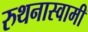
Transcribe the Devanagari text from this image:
रुथनास्वामी